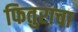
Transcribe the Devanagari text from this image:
फितुराचा